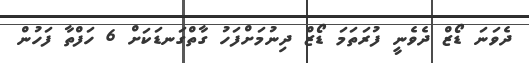
ދެވަނަ ޑޯޒް ދެވެނީ ފުރަތަމަ ޑޯޒް ދިނުމަށްފަހު ގާތްގަނޑަކަށް 6 ހަފްތާ ފަހުން